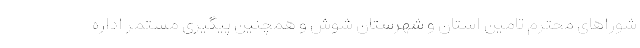
شوراهای محترم تامین استان و شهرستان شوش و همچنین پیگیری مستمر اداره